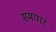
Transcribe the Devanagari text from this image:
समपार